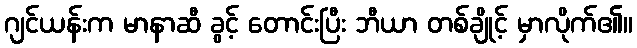
ဂျင်ယန်းက မာနာဆီ ခွင့် တောင်းပြီး ဘီယာ တစ်ချိုင့် မှာလိုက်၏။